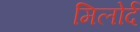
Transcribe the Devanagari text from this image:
मिलोर्द